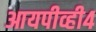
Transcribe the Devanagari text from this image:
आयपीव्ही४